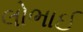
લોભાઈ